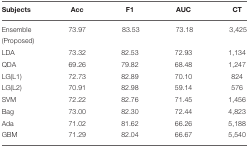
<table><thead><tr><td><b>Subjects</b></td><td><b>Acc</b></td><td><b>F1</b></td><td><b>AUC</b></td><td><b>CT</b></td></tr></thead><tbody><tr><td>Ensemble</td><td>73.97</td><td>83.53</td><td>73.18</td><td>3,425</td></tr><tr><td>(Proposed)</td><td></td><td></td><td></td><td></td></tr><tr><td>LDA</td><td>73.32</td><td>82.53</td><td>72.93</td><td>1,134</td></tr><tr><td>QDA</td><td>69.26</td><td>79.82</td><td>68.48</td><td>1,247</td></tr><tr><td>LG(L1)</td><td>72.73</td><td>82.89</td><td>70.10</td><td>824</td></tr><tr><td>LG(L2)</td><td>70.91</td><td>82.98</td><td>59.14</td><td>576</td></tr><tr><td>SVM</td><td>72.22</td><td>82.76</td><td>71.45</td><td>1,456</td></tr><tr><td>Bag</td><td>73.00</td><td>82.30</td><td>72.44</td><td>4,823</td></tr><tr><td>Ada</td><td>71.02</td><td>81.62</td><td>66.26</td><td>5,188</td></tr><tr><td>GBM</td><td>71.29</td><td>82.04</td><td>66.67</td><td>5,540</td></tr></tbody></table>